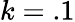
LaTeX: k=.1